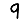
Digit: 9